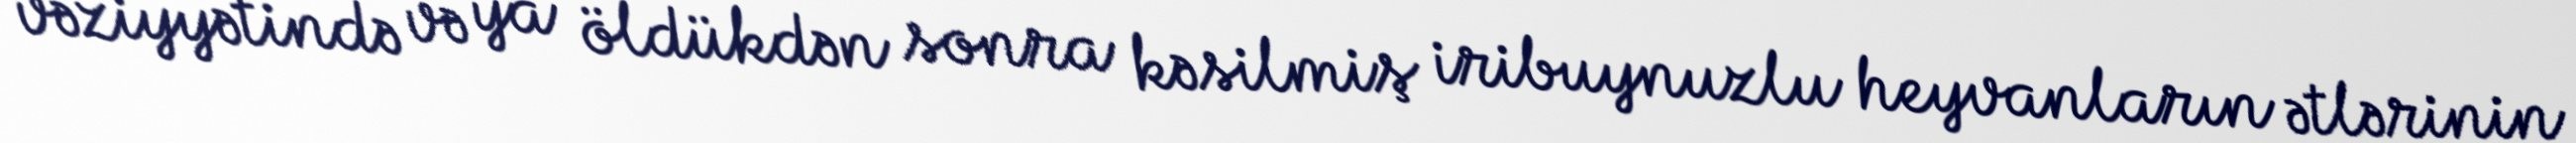
vəziyyətində və ya öldükdən sonra kəsilmiş iribuynuzlu heyvanların ətlərinin